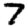
Digit: 7